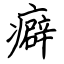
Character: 癖